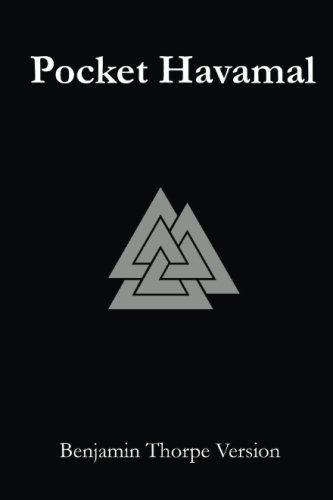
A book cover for Pocket Havamal Benjamin Thorpe Version Black; Saemund Sigfusson; Religion & Spirituality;